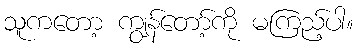
သူကတော့ ကျွန်တော့်ကို မကြည့်ပါ။